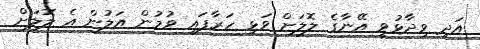
އަދި ވިދާޅުވީ އޭނާގެ ލޮލަށް ވަޅި ހަރާފައި ވުމުން އަލުން އެ ލޮލަށް